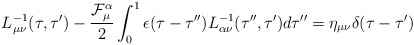
\begin{align*}L_{\mu\nu}^{-1}(\tau,\tau^{\prime}) -\frac{{\cal F}_{\mu}^{\alpha}}{2} \int_{0}^1\epsilon(\tau-\tau^{\prime\prime}) L_{\alpha\nu}^{-1} (\tau^{\prime\prime},\tau^{\prime})d\tau^{\prime\prime} =\eta_{\mu\nu}\delta(\tau-\tau^{\prime})\end{align*}